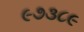
૯૭૩૮૯